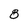
Character: 8